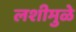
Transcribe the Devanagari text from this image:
लशीमुळे